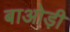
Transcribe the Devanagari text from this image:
बाओड़ी